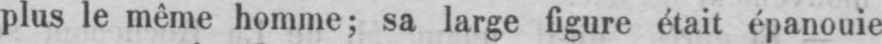
plus le même homme; sa large figure était épanouie